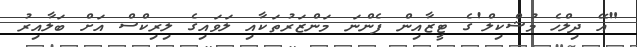
"އޭ ދިލްހެ މުޝްކިލް'ގެ ޓީޒާއިން ފެންނަ މަންޒަރުތަކާއި ލަވައިގެ ލިރިކްސް އަށް ބަލާއިރު